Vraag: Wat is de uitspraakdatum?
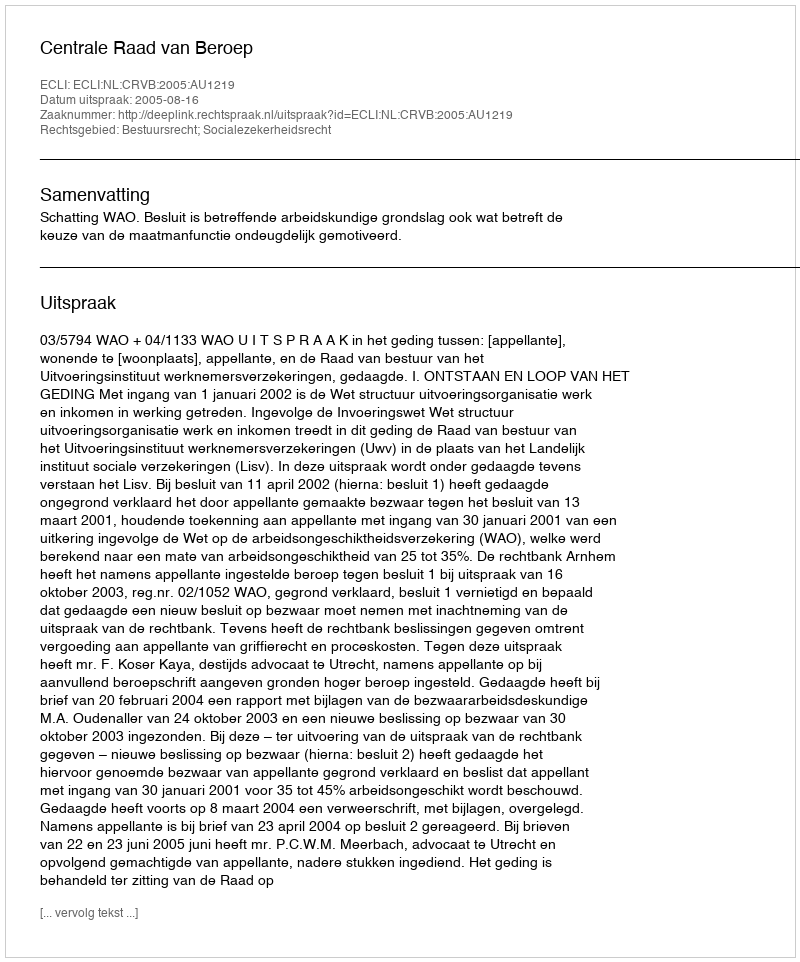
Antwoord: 2005-08-16